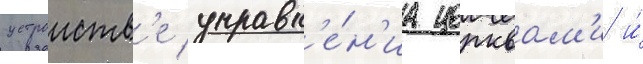
устроиств'е управл'е́н'иа церквам'и и́